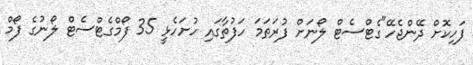
ފަހިކޮށް ދޭންޖެހޭ"ގެޓްސެޓް ލޯނަށް ފުރަތަމަ ހަފުތާގައި ހުށަހެޅީ 35 ފޯމްގެޓްސެޓް ލޯނުގެ ފޯމް